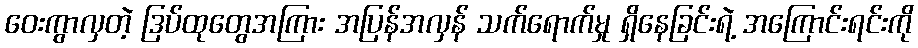
ဝေးကွာလှတဲ့ ဒြပ်ထုတွေအကြား အပြန်အလှန် သက်ရောက်မှု ရှိနေခြင်းရဲ့ အကြောင်းရင်းကို